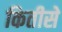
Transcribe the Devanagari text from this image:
कितीसे